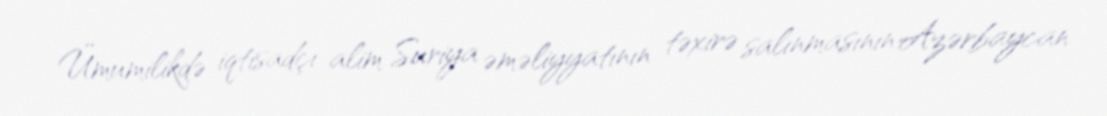
Ümumilikdə iqtisadçı alim Suriya əməliyyatının təxirə salınmasının Azərbaycan